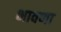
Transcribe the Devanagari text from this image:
भावणा